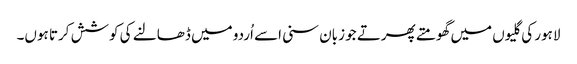
لاہور کی گلیوں میں گھومتے پھرتے جو زبان سنی اسے اُردو میں ڈھالنے کی کوشش کرتا ہوں۔